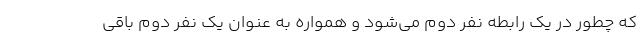
که چطور در یک رابطه نفر دوم می‌شود و همواره به عنوان یک نفر دوم باقی